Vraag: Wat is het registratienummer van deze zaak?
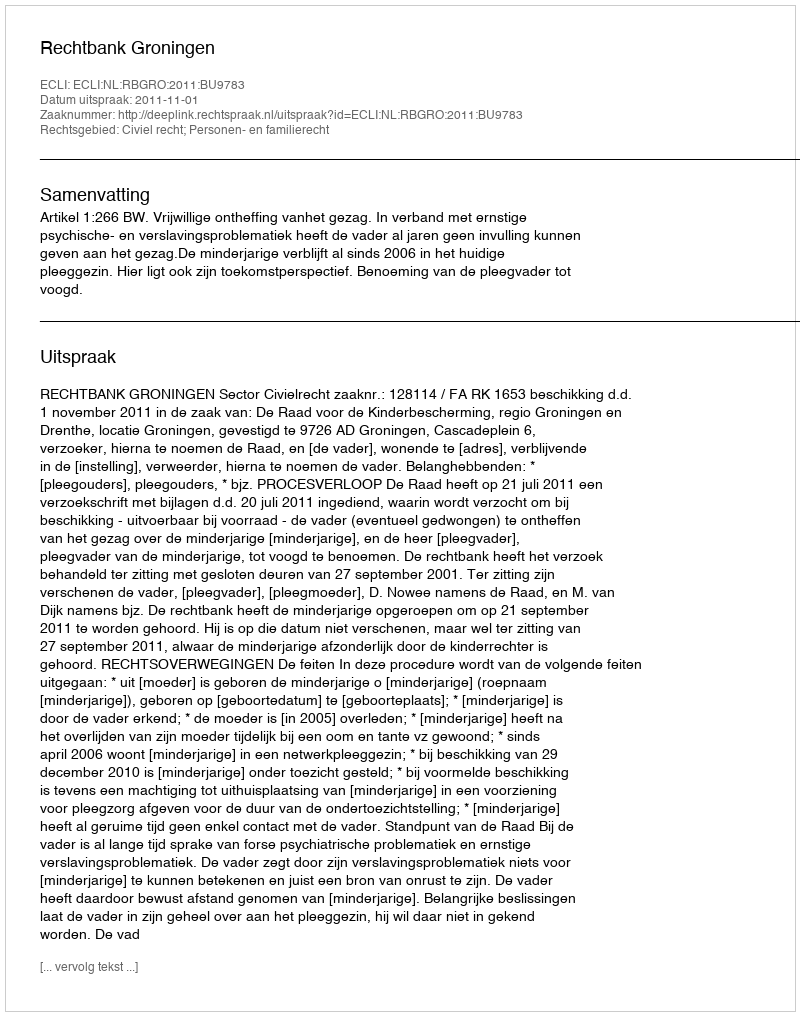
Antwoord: http://deeplink.rechtspraak.nl/uitspraak?id=ECLI:NL:RBGRO:2011:BU9783